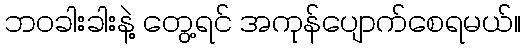
ဘဝခါးခါးနဲ့ တွေ့ရင် အကုန်ပျောက်စေရမယ်။